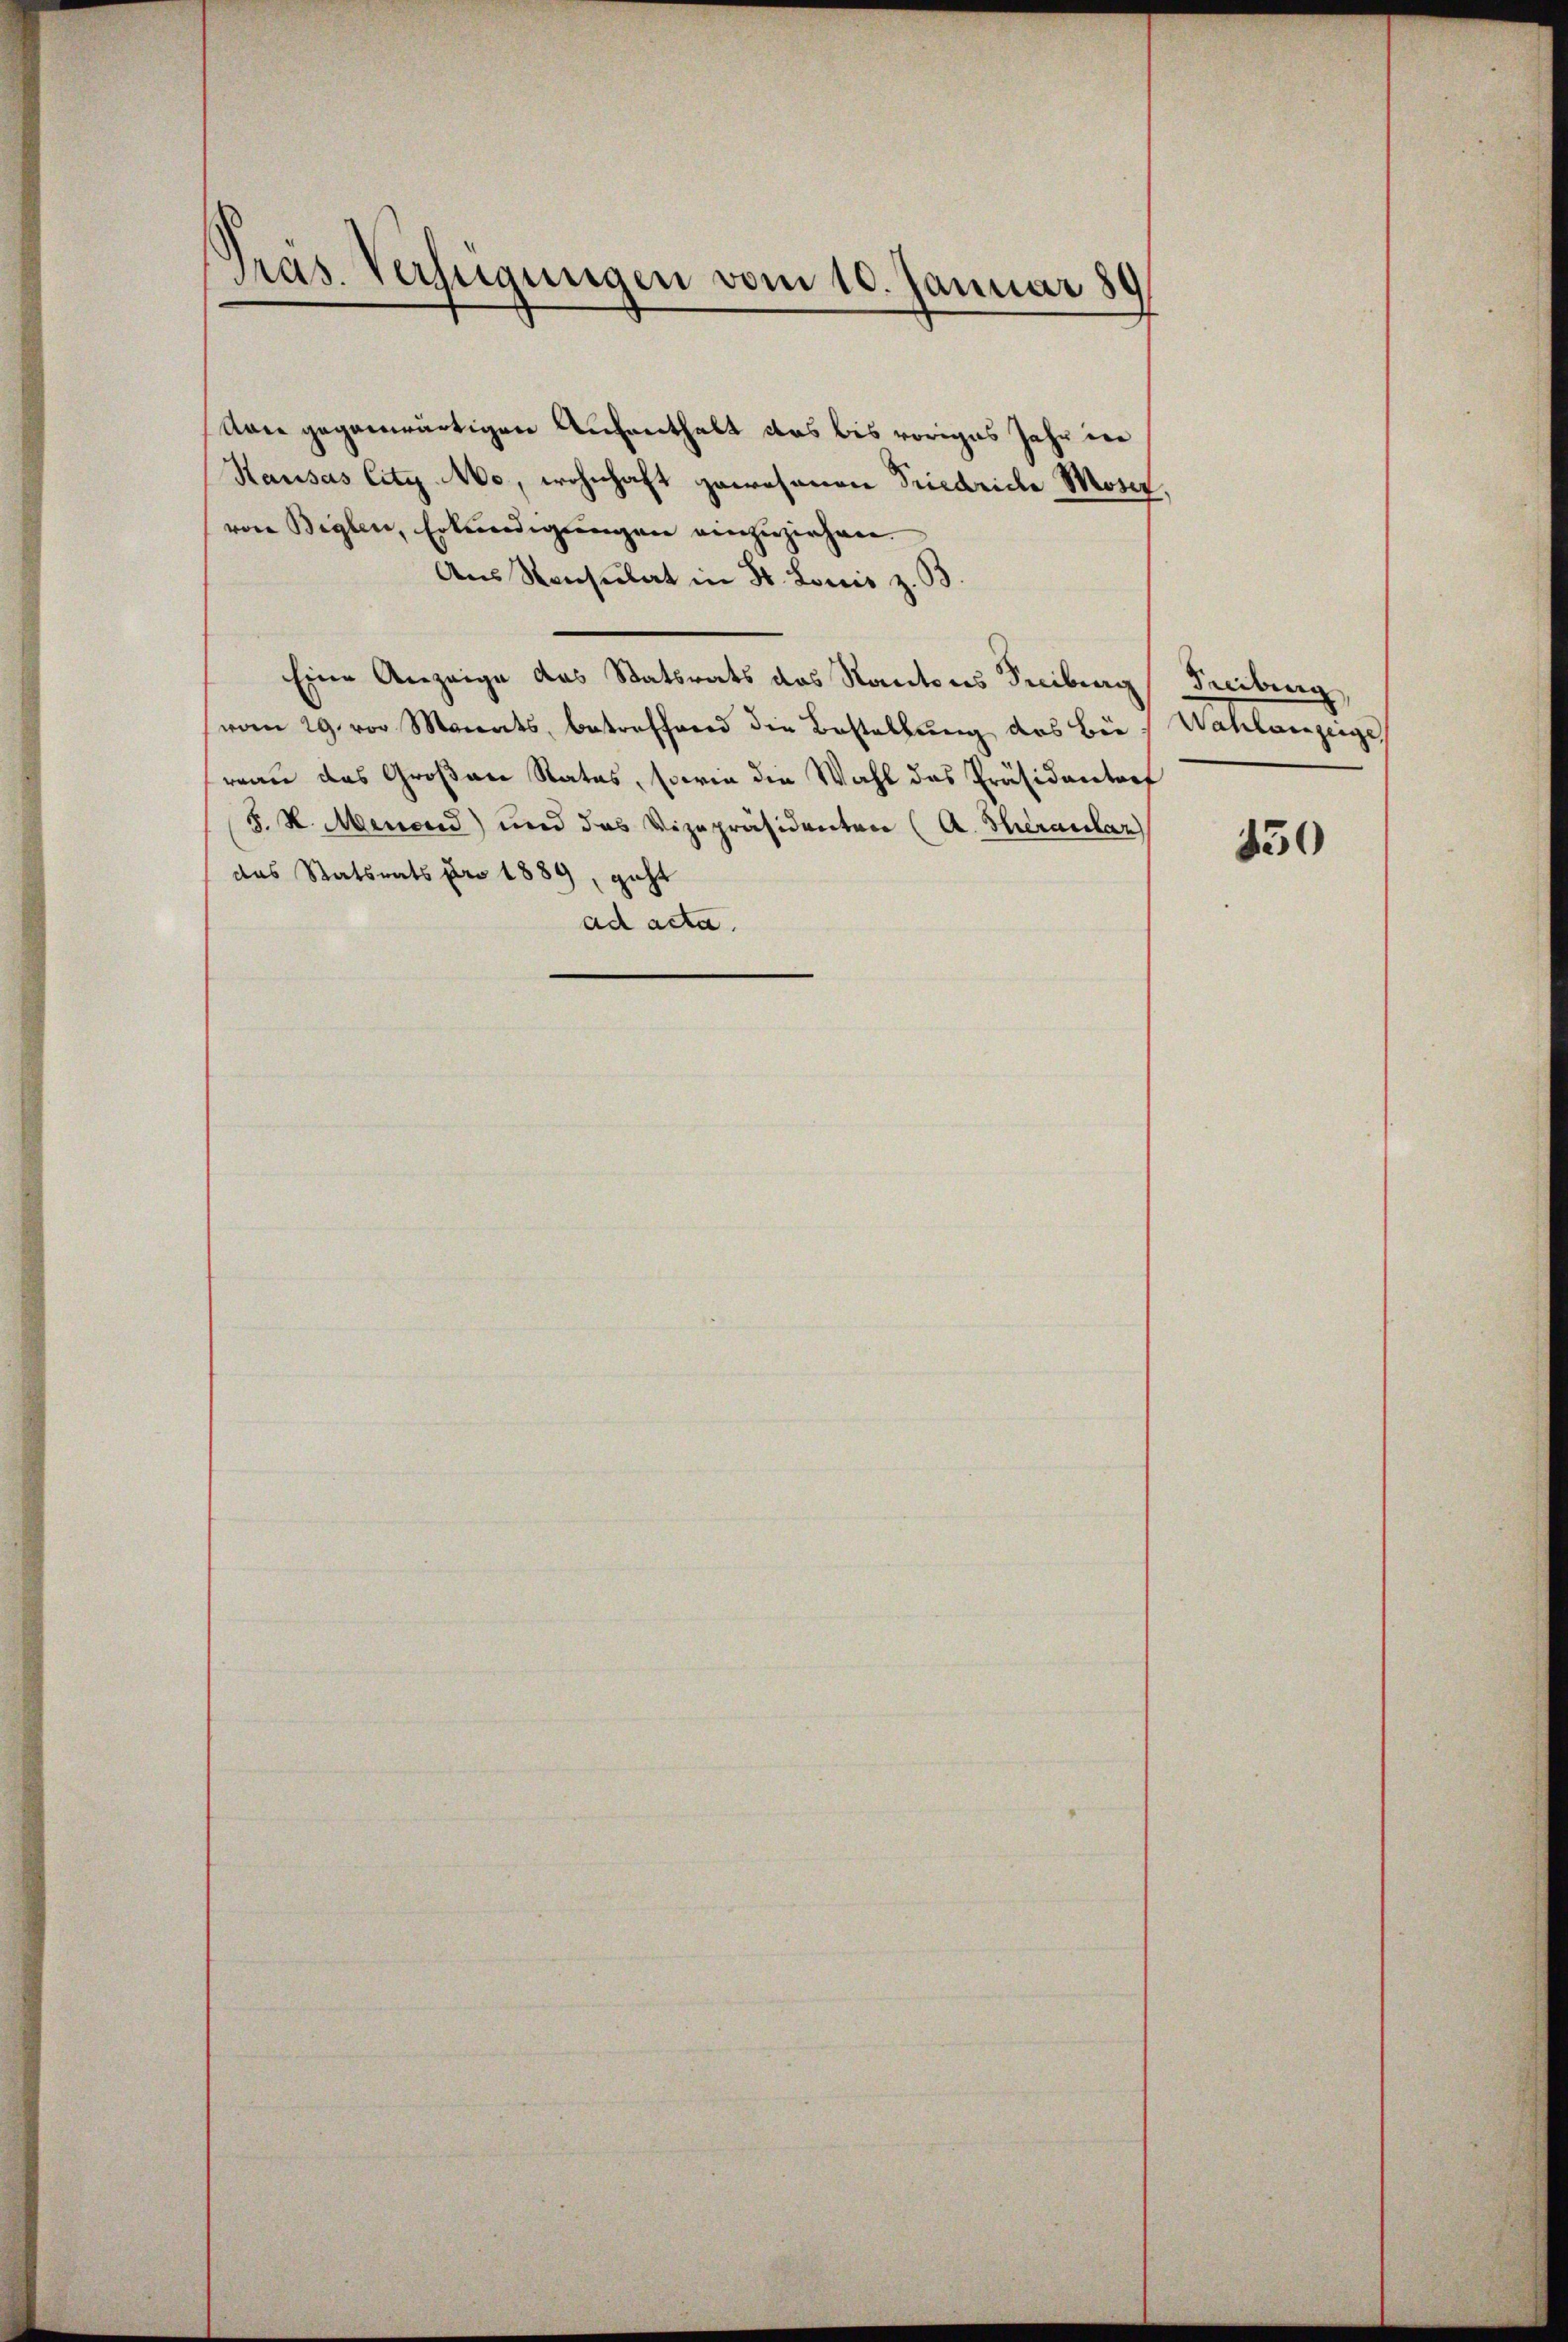
Pras. Verfügungen vom 10. Januar 89

Man gegenwärtigen Aufenthalt das bis voriges Jahr in
Kausas City N00, wohnhaft gewesenen Friedriche Moser,
von Beglen, Erkundigungen einzuziehen.
Aus Konsulat in St. Louis z. B
Eine Anzeige das Statsrats das Kantons Freiburg
vom 29. vor Monats, betreffend die Bestellung des Bei
reau das Großen Rates, sowie die Wahl das Präsidentorf
S. H. Menoud) und das Vizepräsidenten (A. Theraular
das Statsrats pro 1889, geht
ad acta.

Freiburg,
Nahlanzeige,

450